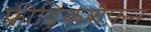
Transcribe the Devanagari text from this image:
फ़्रीड्रिकशैफ़न